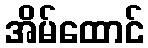
အိမ်ထောင်